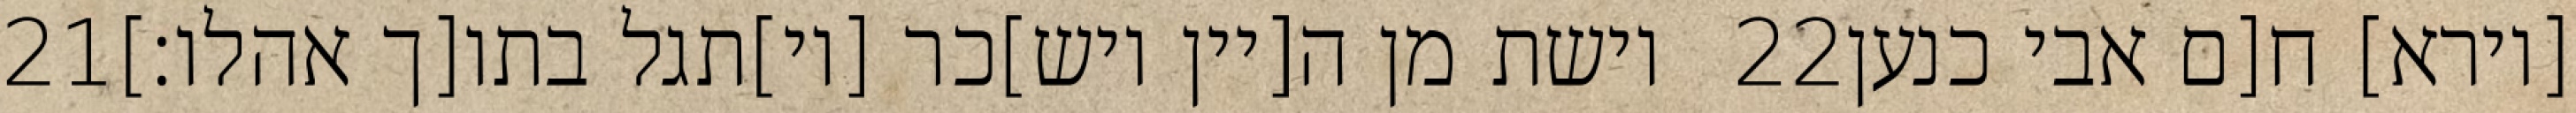
‎21‏ וישת מן ה[יין ויש]כר [וי]תגל בתו[ך אהלו׃] ‎22‏ [וירא] ח[ם אבי כנען